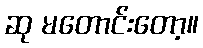
ဆု မတောင်းတော့။